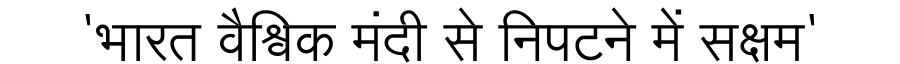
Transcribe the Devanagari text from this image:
'भारत वैश्विक मंदी से निपटने में सक्षम'